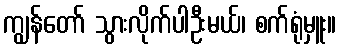
ကျွန်တော် သွားလိုက်ပါဦးမယ်၊ စက်ရုံမှူး။